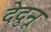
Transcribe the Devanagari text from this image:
देदुनू